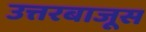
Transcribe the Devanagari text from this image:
उत्तरबाजूस